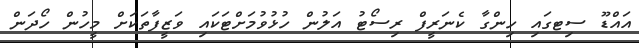
އައްޑޫ ސިޓގައި ހިންގާ ކެނަރީފް ރިސޯޓު އަލުން ހުޅުވުމަށްޓަކައި ވަޒީފާތަކަށް މީހުން ހޯދަން